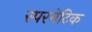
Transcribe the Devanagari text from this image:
स्परमेटिक